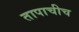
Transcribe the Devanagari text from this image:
तापाचीच